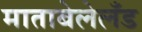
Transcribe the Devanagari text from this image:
माताबेलेलँड